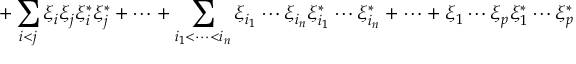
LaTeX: + \sum _ { i < j } \xi _ { i } \xi _ { j } \xi _ { i } ^ { * } \xi _ { j } ^ { * } + \cdots + \sum _ { i _ { 1 } < \cdots < i _ { n } } \xi _ { i _ { 1 } } \cdots \xi _ { i _ { n } } \xi _ { i _ { 1 } } ^ { * } \cdots \xi _ { i _ { n } } ^ { * } + \cdots + \xi _ { 1 } \cdots \xi _ { p } \xi _ { 1 } ^ { * } \cdots \xi _ { p } ^ { * }